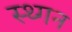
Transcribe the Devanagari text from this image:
स्थ्गन